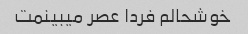
خوشحالم فردا عصر میبینمت